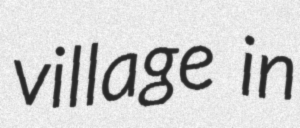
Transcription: village in